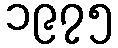
၁၉၇၅